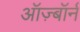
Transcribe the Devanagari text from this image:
ऑज़्बॉर्न